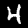
Digit: 4